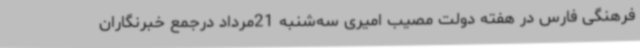
فرهنگی فارس در هفته دولت مصیب امیری سه‌شنبه 21مرداد درجمع خبرنگاران